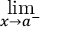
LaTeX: \operatorname* { l i m } _ { x \to a ^ { - } }